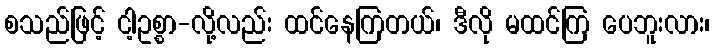
စသည်ဖြင့် ငါ့ဥစ္စာ-လို့လည်း ထင်နေကြတယ်၊ ဒီလို မထင်ကြ ပေဘူးလား၊